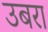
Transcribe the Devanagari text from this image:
उबरा